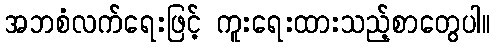
အဘစံလက်ရေးဖြင့် ကူးရေးထားသည့်စာတွေပါ။